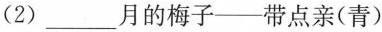
(2) ___月的梅子——带点亲(青)